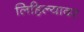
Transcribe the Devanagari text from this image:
लिहिल्यावर